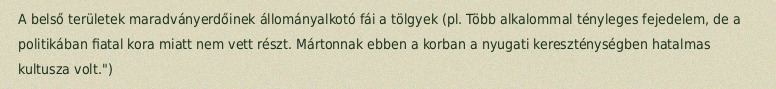
A belső területek maradványerdőinek állományalkotó fái a tölgyek (pl. Több alkalommal tényleges fejedelem, de a politikában fiatal kora miatt nem vett részt. Mártonnak ebben a korban a nyugati kereszténységben hatalmas kultusza volt.")